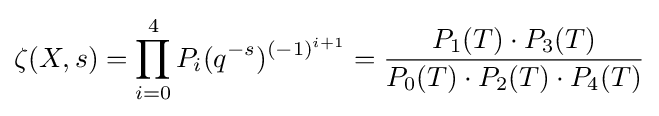
\zeta (X,s)=\prod _{i=0}^{4}P_{i}(q^{-s})^{(-1)^{i+1}}={\frac {P_{1}(T)\cdot P_{3}(T)}{P_{0}(T)\cdot P_{2}(T)\cdot P_{4}(T)}}